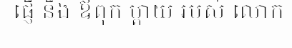
ផ្ញើ នឹង ឪពុក ម្តាយ របស់ លោក